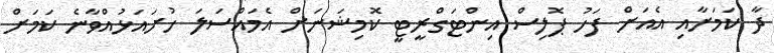
ދާ ކަމަށާއި އެއަށް ފަހު ޕޮލިސް އިންޓަގްރީޓީ ކޮމިޝަނަށް އެމައްސަލަ ހުށައަޅުއްވާނެ ކަމަށް